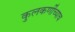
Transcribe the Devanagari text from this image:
कुलकर्णींच्याच